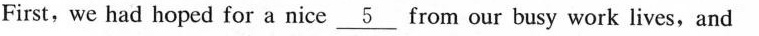
First, we had hoped for a nice\underline{5} from our busy work lives,and